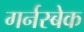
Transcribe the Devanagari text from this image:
गर्नस्बेक